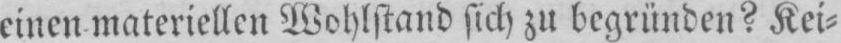
einen materiellen Wohlstand sich zu begründen? Kei⸗